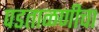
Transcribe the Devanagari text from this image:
पडताळणीचा